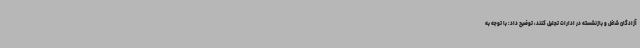
آزادگان شاغل و بازنشسته در ادارات تجلیل کنند، توضیح داد: با توجه به